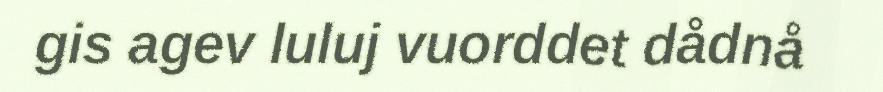
gis agev luluj vuorddet dådnå